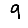
Digit: 9